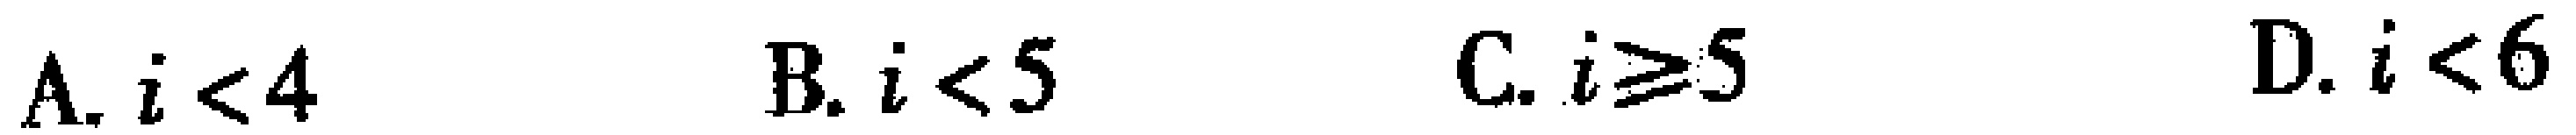
A. \(i < 4\)  B. \(i < 5\)  C. \(i \geq 5\)  D. \(i < 6\)